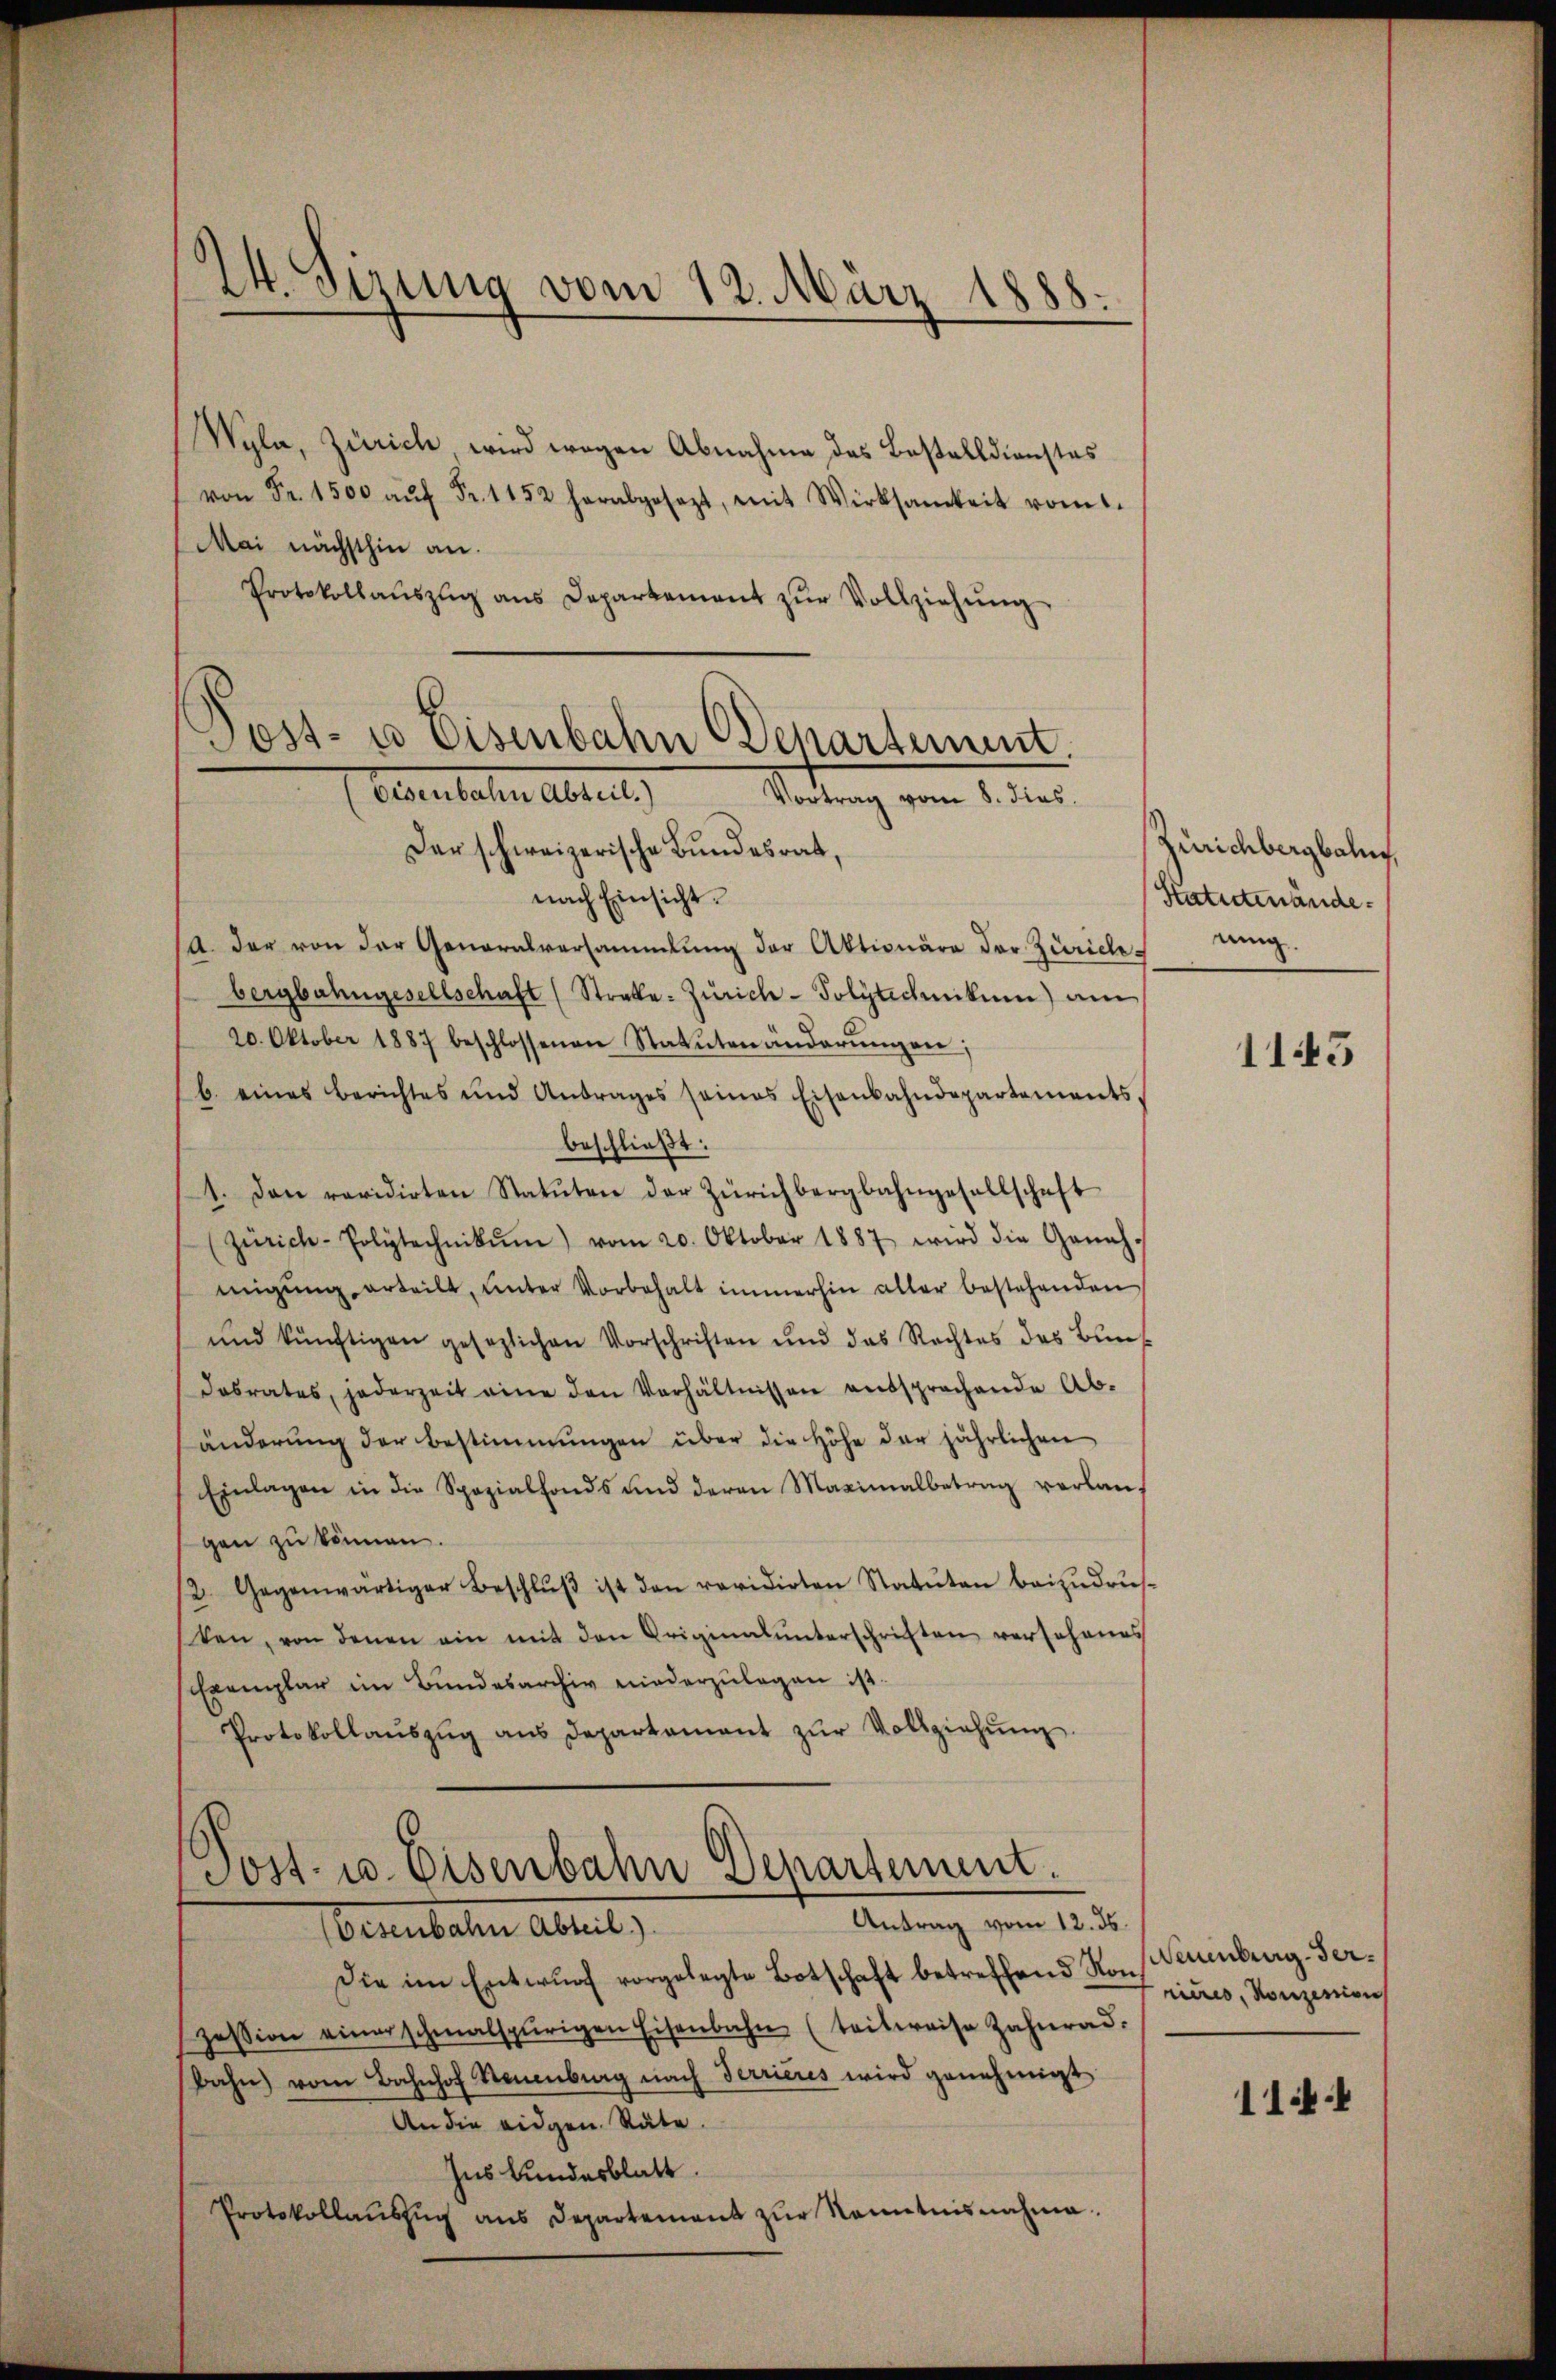
A. Sizung vom 12. März 1888

Wyla, Zürich wird wegen Abnahme des Bestelldienstes
von Fr. 1500 aŭf Fr. 1152 herabgesezt, mit Wirksamkeit vom 1.
Mai nächsthin an.
Protokollaŭszŭg ans Departement zŭr Vollziehŭng

Post- u Eisenbahn (Separtement
Eisenbahn Abteil.)
Vortrag vom 8. dies
Der schweizerische Bundesrat,

nach Einsicht.
/A. der von der Generalversammlung der Aktionäre der Zürichtung.
bergbahngesellschaft (Strake-Zürich-Polytechnikum) am
20. Oktober 1887 beschlossenen Statutenänderŭngen;
b. eines Berichtes und Antrages seines Eisenbahndepartements,
beschließt:
1. Den revidirten Statuten der Zürichbergbahngesellschaft
zürich-Polytechnikum) vom 20. Oktober 1887 wird die Geneh-
migŭng erteilt, unter Vorbehalt immerhin aller bestehenden
und künftigen gesezlichen Vorschriften und das Rechtes des Bŭns-
dosrates, jederzeit eine den Verhältnissen entsprochende Ab-
änderung der Bestimmungen über die Höhe der jährlichen
Einlagen in die Spezialfonds und deren Maximalbetrag verlan-
gen zu können.
2. Gegenwärtiger Beschlŭβ ist den revidirten Statuten beizŭdrus-
ten, von denen ein mit den Originalunterschriften versehenes
Exemplar im Bundesarchiv niederzulegen ist.
Protokollaŭszŭg ans Departament zŭr Vollziehŭng.
.

Post- u. Eisenbahn Departement.
Antrag vom 12. ds.

Scrutalen Abteil,
Die im Entwŭrf vorgelegte Botschaft betreffend von Centrag Serzession einer schmalspurigen Eisenbahn (teilweise Zahnrad.
bahn vom Bahnhof Neuenburg nach Terrieres wird genehmigt
An die eidgen. Räte
Ins Bundesblatt
Protokollaŭszŭg ans Departement zŭr Kenntnisnahme.

Zürichbergbahng
Statutenände¬

1145

riums, Konzesion

1144